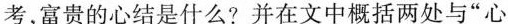
考,富贵的心结是什么?并在文中概括两处与“心